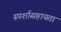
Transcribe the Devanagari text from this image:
स्पर्शासहायता